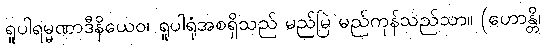
ရူပါရမ္မဏာဒီနိယေဝ၊ ရူပါရုံအစရှိသည် မည်မြဲ မည်ကုန်သည်သာ။ (ဟောန္တိ၊